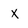
Character: x